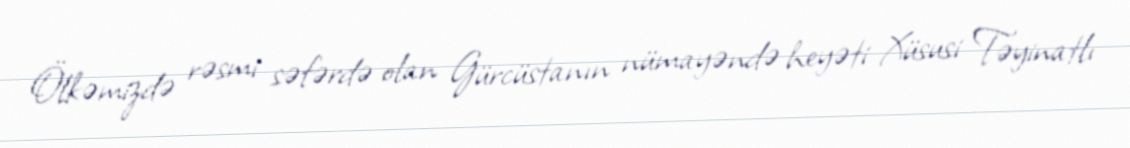
Ölkəmizdə rəsmi səfərdə olan Gürcüstanın nümayəndə heyəti Xüsusi Təyinatlı